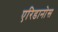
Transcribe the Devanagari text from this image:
एरिडानोस